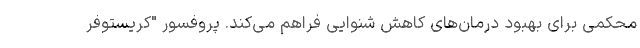
محکمی برای بهبود درمان‌های کاهش شنوایی فراهم می‌کند. پروفسور "کریستوفر